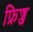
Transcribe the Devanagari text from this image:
फ्रिज्ज